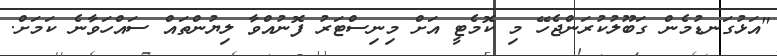
"އަޅުގަނޑުމެން ގަބޫލުކުރަންޖެހޭ މި ކޮމެޓީ އަށް މިނިސްޓަރު ފޮނުއްވާ ލިޔުންތައް ސައްހަވާނެ ކަމަށް.